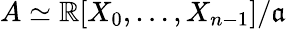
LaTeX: A\simeq\mathbb{R}[X_{0},\dotsc,X_{n-1}]/{\mathfrak{{a}}}